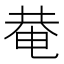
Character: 𤲅